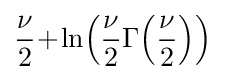
{\frac {\nu }{2}}\!+\!\ln \!\left({\frac {\nu }{2}}\Gamma \!\left({\frac {\nu }{2}}\right)\right)